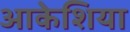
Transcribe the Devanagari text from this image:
आकेशिया